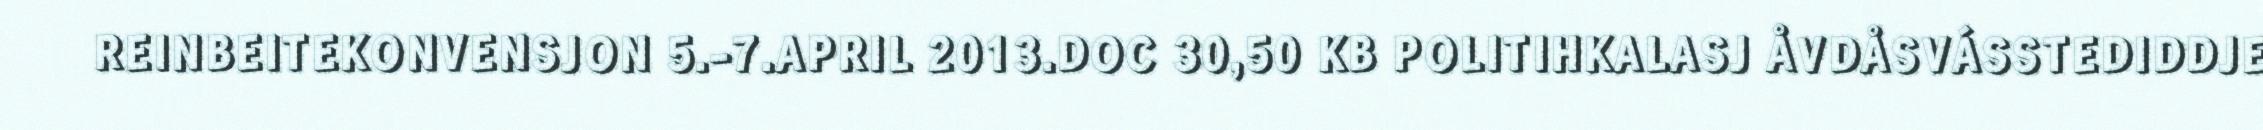
REINBEITEKONVENSJON 5.-7.APRIL 2013.DOC 30,50 KB POLITIHKALASJ ÅVDÅSVÁSSTEDIDDJE